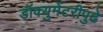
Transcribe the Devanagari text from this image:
डॉक्युमेंटरीपुढे